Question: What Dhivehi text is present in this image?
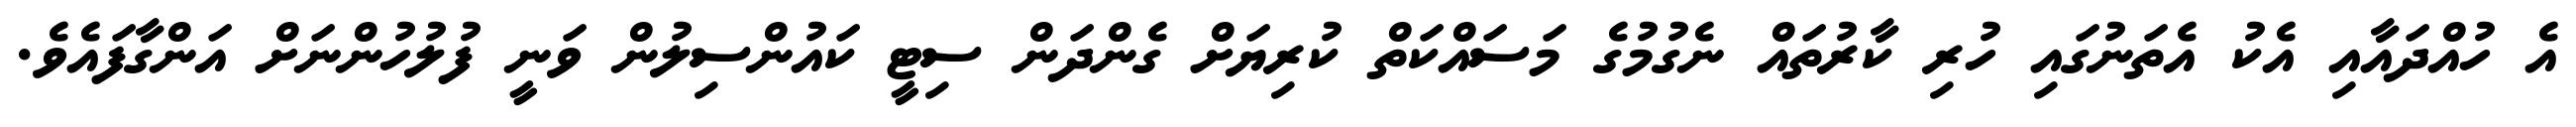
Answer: އެ ހުއްދައާއި އެކު އެތަނުގައި ހުރި ކާރުތައް ނެގުމުގެ މަސައްކަތް ކުރިޔަށް ގެންދަން ސިޓީ ކައުންސިލުން ވަނީ ފުލުހުންނަށް އަންގާފައެވެ.